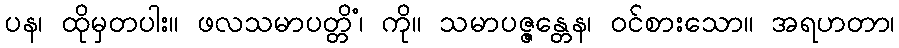
ပန၊ ထိုမှတပါး။ ဖလသမာပတ္တိံ၊ ကို။ သမာပဇ္ဇန္တေန၊ ဝင်စားသော။ အရဟတာ၊